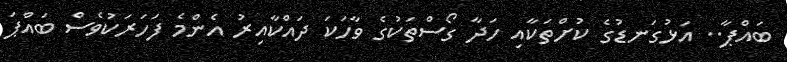
ބައްޕާ.. އަޅުގަނޑުގެ ކުށްތަކާއި ހަދާ ގޯސްތަކުގެ ވާހަކަ ދައްކާއިރު އެންމެ ފަހަރަކުވެސް ބައްޕަ